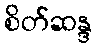
စိတ်ဆန္ဒ